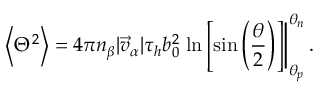
\left< \Theta ^ { 2 } \right> = 4 \pi n _ { \beta } | \vec { v } _ { \alpha } | \tau _ { h } b _ { 0 } ^ { 2 } \left. \ln \left[ \sin \left( \frac { \theta } { 2 } \right) \right] \right| _ { \theta _ { p } } ^ { \theta _ { n } } .